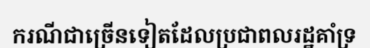
ករណីជាច្រើនទៀតដែលប្រជាពលរដ្ឋគាំទ្រ